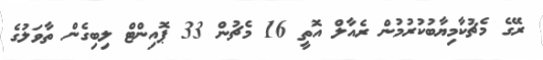
ރޭގެ މެޗުކާމިޔާބުކުރުމުން ރެއާލް އޮތީ 16 މެޗުން 33 ޕޮއިންޓް ލިބިގެން ތާވަލުގެ